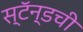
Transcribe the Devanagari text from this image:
स्टॅन्डची